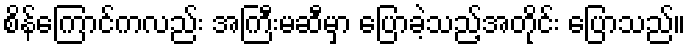
စိန်ကြောင်ကလည်း အကြီးမဆီမှာ ပြောခဲ့သည့်အတိုင်း ပြောသည်။